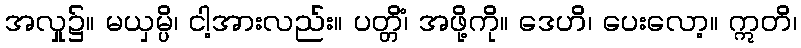
အလှုူ၌။ မယှမ္ပိ၊ ငါ့အားလည်း။ ပတ္တိံ၊ အဖို့ကို။ ဒေဟိ၊ ပေးလော့။ ဣတိ၊